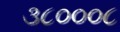
૩૮૦૦૦૮